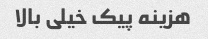
هزینه پیک خیلی بالا